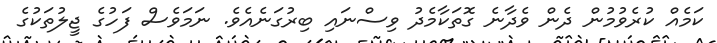
ކަމެއް ކުރެވުމުން ދެން ވެދާނެ ގޮތަކާމެދު ވިސްނައި ބިރުގަނެއެވެ. ނަމަވެސް ފަހުގެ ޖީލުތަކުގެ